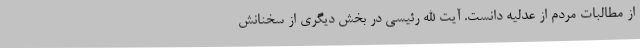
از مطالبات مردم از عدلیه دانست. آیت الله رئیسی در بخش دیگری از سخنانش